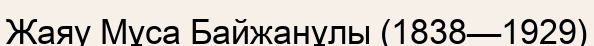
Жаяу Мұса Байжанұлы (1838—1929)